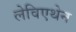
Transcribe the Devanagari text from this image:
लेविएथेन